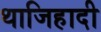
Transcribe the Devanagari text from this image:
थाजिहादी